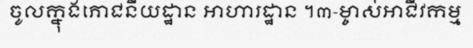
ចូលក្នុងភោជនីយដ្ឋាន អាហារដ្ឋាន ។៣-ម្ចាស់អាជីវកម្ម